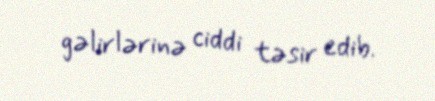
gəlirlərinə ciddi təsir edib.